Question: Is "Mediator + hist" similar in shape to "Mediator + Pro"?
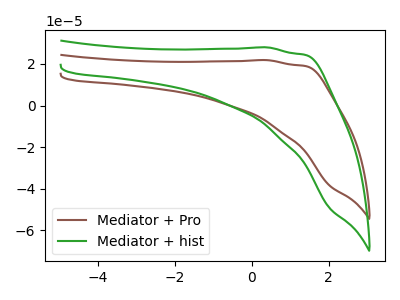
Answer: <think>The brown curve "Mediator + Pro" has no peaks. The green curve "Mediator + hist" has no peaks.
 Neither "Mediator + hist" or "Mediator + Pro" have any peaks.</think>
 <answer>"Mediator + hist" and "Mediator + Pro" are similar in shape.</answer>
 <eval>same_shape</eval>